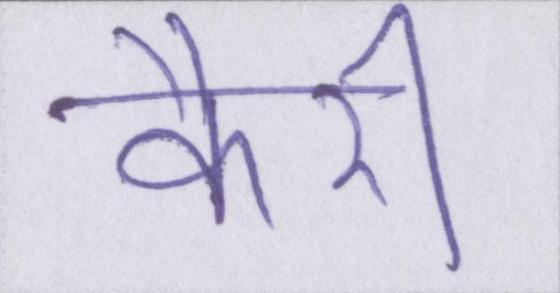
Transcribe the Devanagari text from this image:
कैरी